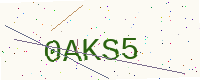
Text: 0AKS5